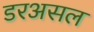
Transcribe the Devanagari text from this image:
डरअसल